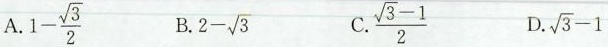
A. $$1- \frac{\sqrt{3}}{2}$$ B. $$2- \sqrt{3}$$ C. \frac{\sqrt{3}-1}{2} D. $$\sqrt{3}-1$$